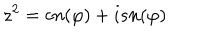
LaTeX: z ^ { 2 } = c n ( \varphi ) + i s n ( \varphi )